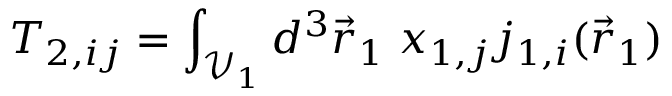
T _ { 2 , i j } = \int _ { \mathcal { V } _ { 1 } } d ^ { 3 } \vec { r } _ { 1 } \; x _ { 1 , j } j _ { 1 , i } ( \vec { r } _ { 1 } )